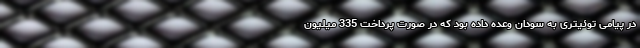
در پیامی توئیتری به سودان وعده داده بود که در صورت پرداخت 335 میلیون